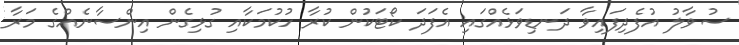
ސުވާލު އުފެދިފައިވާ ދަނޑިވަޅެއްގައި އެފަދަ ކޯޓަކުން ކުރާ ހުކުމަކާއި ގުޅިގެން އިންސާނެއްގެ މަރާ